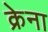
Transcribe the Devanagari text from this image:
क्रेना